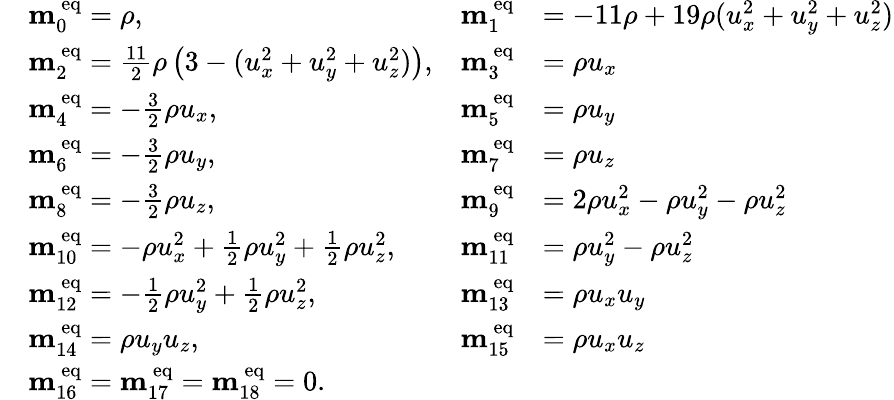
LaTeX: \begin{array}{rlrl}&{\mathbf{m}_{0}^{\mathrm{~eq}}=\rho,}&{\mathbf{m}_{1}^{\mathrm{~eq}}}&{=-11\rho+19\rho(u_{x}^{2}+u_{y}^{2}+u_{z}^{2})}\\ &{\mathbf{m}_{2}^{\mathrm{~eq}}=\frac{11}{2}\rho\left(3-(u_{x}^{2}+u_{y}^{2}+u_{z}^{2})\right),}&{\mathbf{m}_{3}^{\mathrm{~eq}}}&{=\rho u_{x}}\\ &{\mathbf{m}_{4}^{\mathrm{~eq}}=-\frac{3}{2}\rho u_{x},}&{\mathbf{m}_{5}^{\mathrm{~eq}}}&{=\rho u_{y}}\\ &{\mathbf{m}_{6}^{\mathrm{~eq}}=-\frac{3}{2}\rho u_{y},}&{\mathbf{m}_{7}^{\mathrm{~eq}}}&{=\rho u_{z}}\\ &{\mathbf{m}_{8}^{\mathrm{~eq}}=-\frac{3}{2}\rho u_{z},}&{\mathbf{m}_{9}^{\mathrm{~eq}}}&{=2\rho u_{x}^{2}-\rho u_{y}^{2}-\rho u_{z}^{2}}\\ &{\mathbf{m}_{10}^{\mathrm{~eq}}=-\rho u_{x}^{2}+\frac{1}{2}\rho u_{y}^{2}+\frac{1}{2}\rho u_{z}^{2},}&{\mathbf{m}_{11}^{\mathrm{~eq}}}&{=\rho u_{y}^{2}-\rho u_{z}^{2}}\\ &{\mathbf{m}_{12}^{\mathrm{~eq}}=-\frac{1}{2}\rho u_{y}^{2}+\frac{1}{2}\rho u_{z}^{2},}&{\mathbf{m}_{13}^{\mathrm{~eq}}}&{=\rho u_{x}u_{y}}\\ &{\mathbf{m}_{14}^{\mathrm{~eq}}=\rho u_{y}u_{z},}&{\mathbf{m}_{15}^{\mathrm{~eq}}}&{=\rho u_{x}u_{z}}\\ &{\mathbf{m}_{16}^{\mathrm{~eq}}=\mathbf{m}_{17}^{\mathrm{~eq}}=\mathbf{m}_{18}^{\mathrm{~eq}}=0.}\end{array}